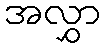
အလွှာ